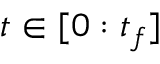
t \in [ 0 : t _ { f } ]